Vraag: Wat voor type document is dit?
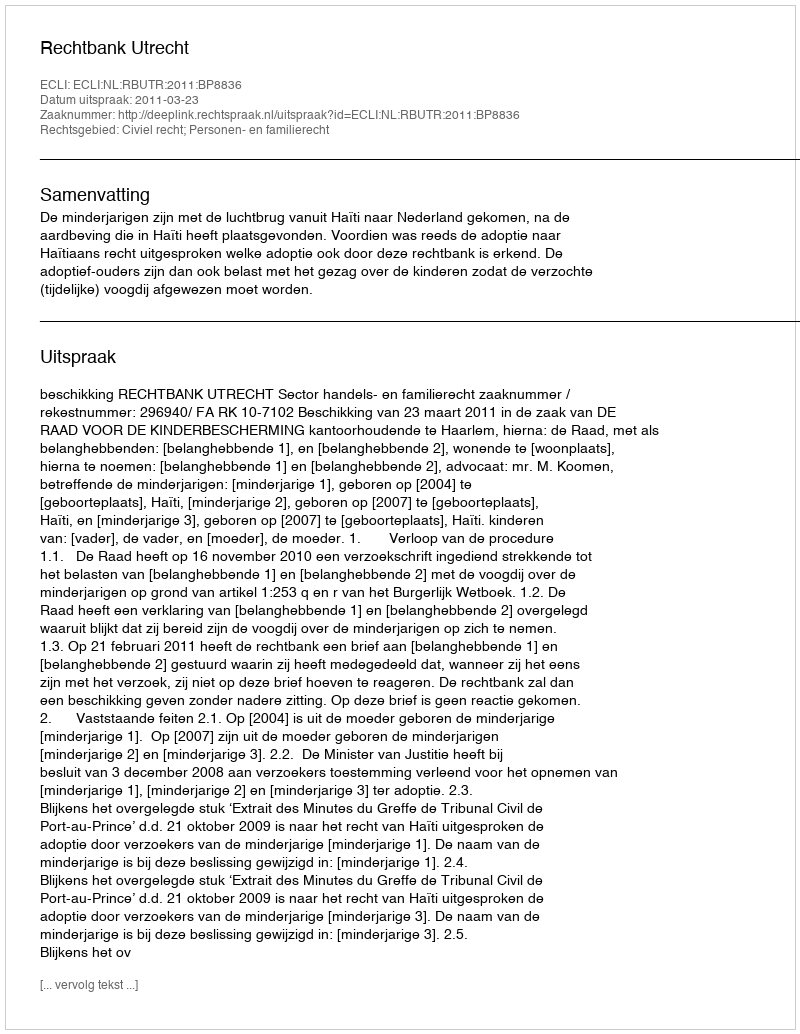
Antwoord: Uitspraak